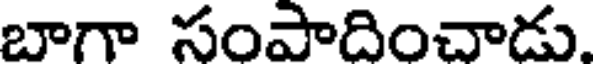
బాగా సంపాదించాడు.